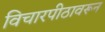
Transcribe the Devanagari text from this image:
विचारपीठावरून